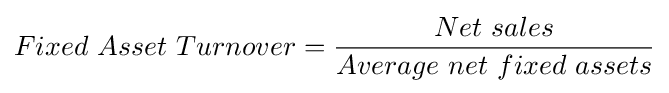
Fixed\ Asset\ Turnover={\frac {Net\ sales}{Average\ net\ fixed\ assets}}